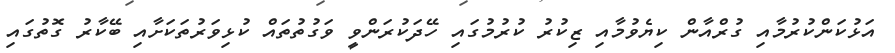
އަޅުކަންކުރުމާއި ގުރްއާން ކިޔެވުމާއި ޒިކުރު ކުރުމުގައި ހޭދަކުރަންވީ ވަގުތުތައް ކުޅިވަރުތަކަށާއި ބޭކާރު ގޮތުގައި